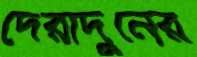
দেরাদুনের